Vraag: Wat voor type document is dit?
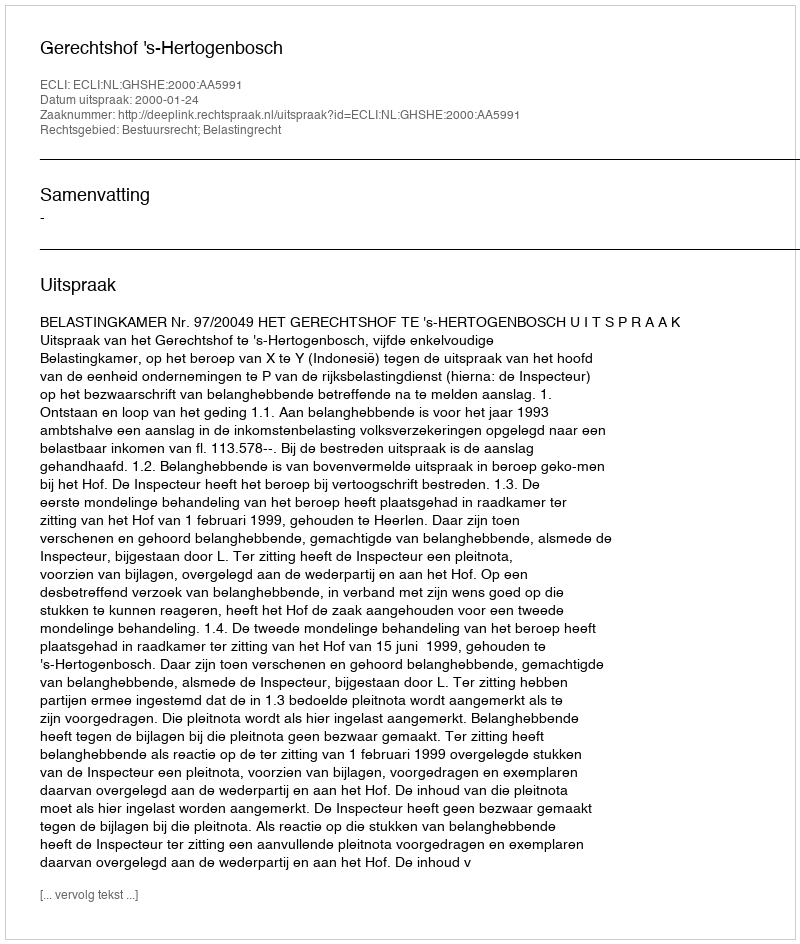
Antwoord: Uitspraak